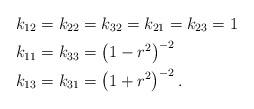
LaTeX: \begin{align*}& k_{12}=k_{22}=k_{32}=k_{21}=k_{23}=1\\& k_{11}=k_{33}=\left( 1-r^{2}\right) ^{-2}\\& k_{13}=k_{31}=\left( 1+r^{2}\right) ^{-2}.\end{align*}